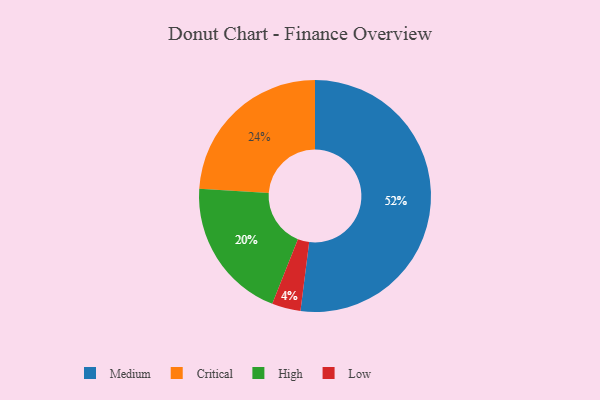
{"axis": {"x": "Category", "y": "Percentage"}, "legend": ["Critical", "High", "Low", "Medium"], "data": [{"x": "Critical", "y": 24, "type": "Critical"}, {"x": "High", "y": 20, "type": "High"}, {"x": "Low", "y": 4, "type": "Low"}, {"x": "Medium", "y": 52, "type": "Medium"}]}